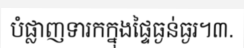
បំផ្លាញទារកក្នុងផ្ទៃធ្ងន់ធ្ងរ។៣.